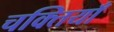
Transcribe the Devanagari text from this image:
चक्तियाँ